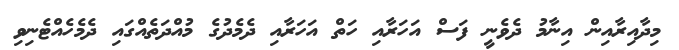
މިދާއިރާއިން އިނާމު ދެވެނީ ފަސް އަހަރާއި ހަތް އަހަރާއި ދެމެދުގެ މުއްދަތެއްގައި ދެމެހެއްޓެނިވި